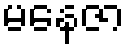
မနေဇာ